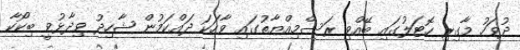
ދުވަހު މާގިރި ހޮޓަލުގައި ބޭއްވި ރަސްމިއްޔާތުގައި ވާހަކަ ދައްކަމުން ޝާހިދު ވިދާޅުވީ ބިކޯކާ